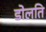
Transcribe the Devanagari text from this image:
डोलति